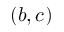
( b , c )